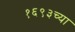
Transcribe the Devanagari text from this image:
१६९३च्या